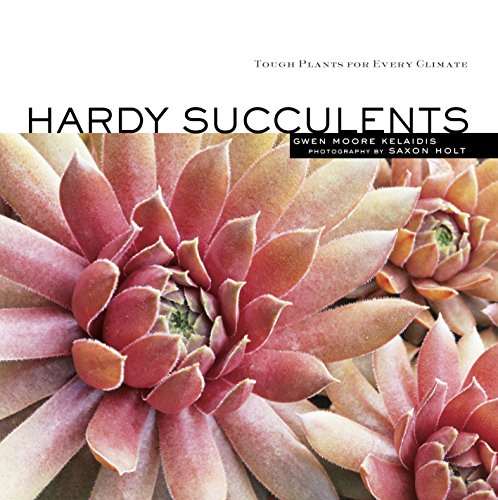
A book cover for Hardy Succulents: Tough Plants for Every Climate; Gwen Moore Kelaidis; Crafts, Hobbies & Home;